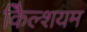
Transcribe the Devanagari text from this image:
कैिल्शयम